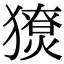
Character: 𤢙